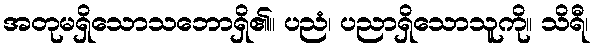
အတုမရှိသောသဘောရှိ၏။ ပညံ၊ ပညာရှိသောသူကို။ သိရီ၊